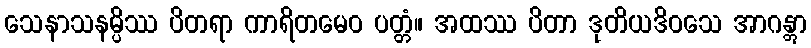
သေနာသနမ္ပိဿ ပိတရာ ကာရိတမေဝ ပတ္တံ။ အထဿ ပိတာ ဒုတိယဒိဝသေ အာဂန္တွာ